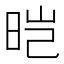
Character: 𬀱